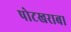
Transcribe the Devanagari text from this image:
पोटखराबा